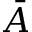
\bar { A }